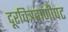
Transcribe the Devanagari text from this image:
दूरचित्रवाणीपट